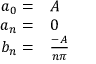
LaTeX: \begin{array} { r l } { a _ { 0 } = } & { { } A } \\ { a _ { n } = } & { { } 0 } \\ { b _ { n } = } & { { } { \frac { - A } { n \pi } } } \end{array}